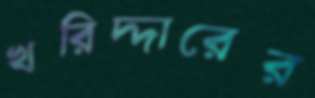
খরিদ্দারের